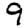
Digit: 9